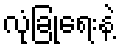
လုံခြုံရေးနဲ့